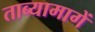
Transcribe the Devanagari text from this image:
ताब्यामागें